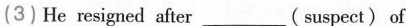
(3)He resigned after___( suspect)of